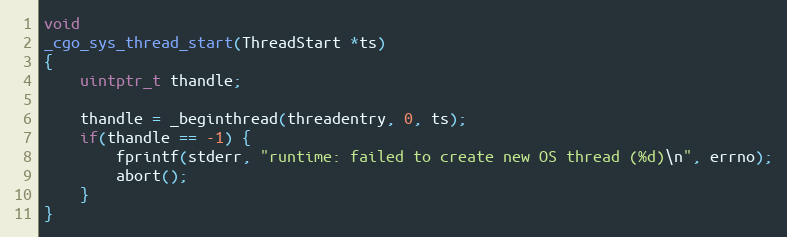
Language: C
void
_cgo_sys_thread_start(ThreadStart *ts)
{
	uintptr_t thandle;

	thandle = _beginthread(threadentry, 0, ts);
	if(thandle == -1) {
		fprintf(stderr, "runtime: failed to create new OS thread (%d)\n", errno);
		abort();
	}
}